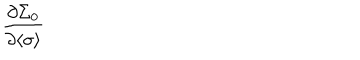
\frac { \partial \Sigma _ { 0 } } { \partial \langle \sigma \rangle }